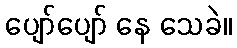
ပျော်ပျော် နေ သေခဲ။